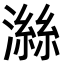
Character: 𪷜